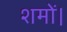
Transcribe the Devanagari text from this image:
शमों।